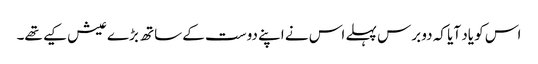
اس کو یاد آیا کہ دو برس پہلے اس نے اپنے دوست کے ساتھ بڑے عیش کیے تھے۔